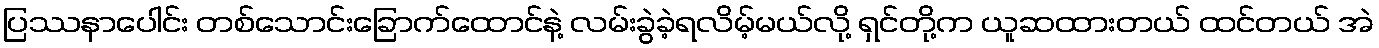
ပြဿနာပေါင်း တစ်သောင်းခြောက်ထောင်နဲ့ လမ်းခွဲခဲ့ရလိမ့်မယ်လို့ ရှင်တို့က ယူဆထားတယ် ထင်တယ် အဲ